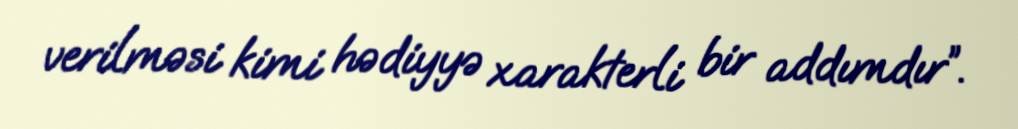
verilməsi kimi hədiyyə xarakterli bir addımdır”.